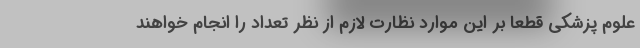
علوم پزشکی قطعا بر این موارد نظارت لازم از نظر تعداد را انجام خواهند